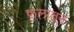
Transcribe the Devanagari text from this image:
फुलातून